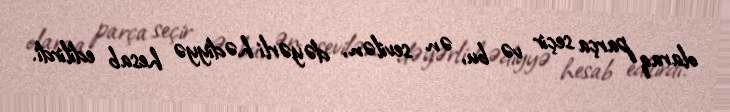
olaraq parça seçir və bu, ən sevilən, dəyərli hədiyyə hesab edilirdi.